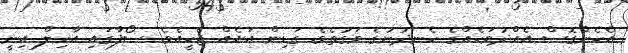
އެހެންގޮސް އެއްދުވަހެއްގެ ހެނދުނުގެ ވަގުތެވެ. ގަޑިން އަށެއް ޖެހީއެވެ. ސޯފާގައި އާހިލް އިނީ